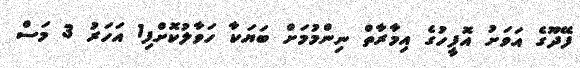
ފޭދޫގެ އަވަށު އޮފީހުގެ އިމާރާތް ނިންމުމަށް ބަޔަކާ ހަވާލުކޮށްފި1 އަހަރު 3 މަސް